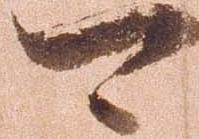
可